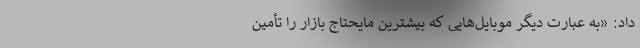
داد: «به عبارت دیگر موبایل‌هایی که بیشترین مایحتاج بازار را تأمین